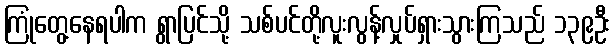
ကြုံတွေ့နေရပါက ရွာပြင်သို့ သစ်ပင်တို့လူးလွန့်လှုပ်ရှားသွားကြသည် ၁၃၉ဦး